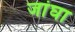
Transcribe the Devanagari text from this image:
जांघा